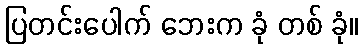
ပြတင်းပေါက် ဘေးက ခုံ တစ် ခုံ။